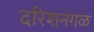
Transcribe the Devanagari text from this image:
दरिशनंगळ